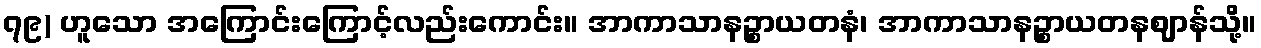
၇၉) ဟူသော အကြောင်းကြောင့်လည်းကောင်း။ အာကာသာနဉ္စာယတနံ၊ အာကာသာနဉ္စာယတနဈာန်သို့။